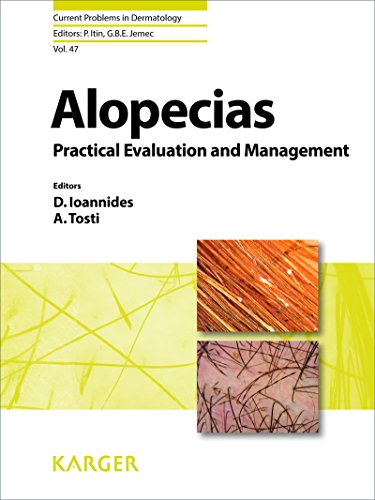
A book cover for Alopecias - Practical Evaluation and Management (Current Problems in Dermatology, Vol. 47); Medical Books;